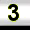
Digit: 3